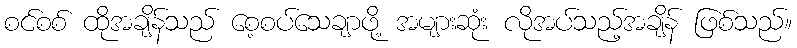
စင်စစ် ထိုအချိန်သည် စေ့စပ်သေချာဖို့ အများဆုံး လိုအပ်သည့်အချိန် ဖြစ်သည်။